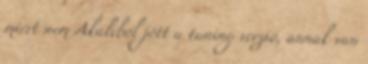
miért nem Akaliból jött a tuning verzió, annak van